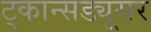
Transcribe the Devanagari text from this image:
ट्कान्सड्यूसर